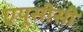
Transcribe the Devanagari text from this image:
एयूसीसी